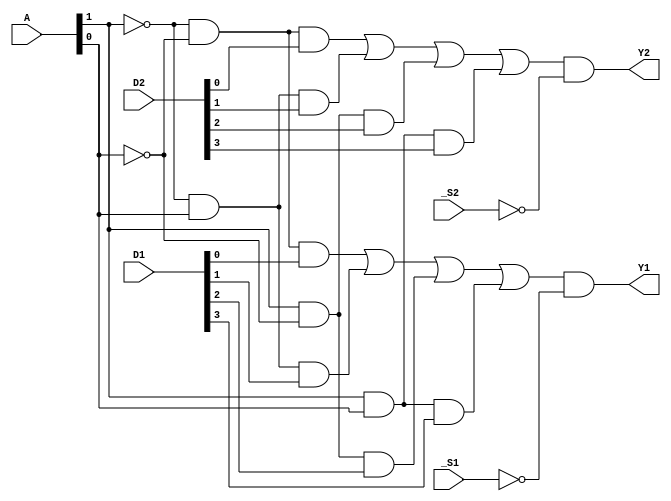
module Gate153(
    input [1:0]A,
    input _S1,
    input _S2,
    input [3:0]D1,
    input [3:0]D2,
    output Y1,
    output Y2);
    wire S1,S2;
    not(S1,_S1);
    not(S2,_S2);

    wire tSD0,tSD1,tSD2,tSD3,tSD4;
    and(tSD0,~A[1],~A[0],D2[0]);
    and(tSD1,~A[1],A[0],D2[1]);
    and(tSD2,A[1],~A[0],D2[2]);
    and(tSD3,A[1],A[0],D2[3]);
    or(tSD4,tSD0,tSD1,tSD2,tSD3);
    and(Y2,tSD4,S2);

    wire tFD0,tFD1,tFD2,tFD3,tFD4;
    and(tFD0,~A[1],~A[0],D1[0]);
    and(tFD1,~A[1],A[0],D1[1]);
    and(tFD2,A[1],~A[0],D1[2]);
    and(tFD3,A[1],A[0],D1[3]);
    or(tFD4,tFD0,tFD1,tFD2,tFD3);
    and(Y1,tFD4,S1);
    
endmodule

module testGate153();
    reg [1:0]A;
    reg S1;
    reg S2;
    reg [3:0]D1;
    reg [3:0]D2;
    wire Y1;
    wire Y2;
    Gate153 U1(A,S1,S2,D1,D2,Y1,Y2);
    initial begin
        #50
        S1=0;
        S2=1;
        D1=4'b1010;
        D2=4'b1010;
        A=0;
        #30 A=1;
        #30 A=2;
        #30 A=3;
        #50
        S1=1;
        S2=0;
        A=0;
        #30 A=1;
        #30 A=2;
        #30 A=3;
        #50
        S1=1;
        S2=1;
        A=0;
        #30 A=1;
        #30 A=2;
        #30 A=3;
        #50
        S1=0;
        S2=0;
        #50
        A=0;
        #30 A=1;
        #30 A=2;
        #30 A=3;
#50 $stop;
    end
endmodule